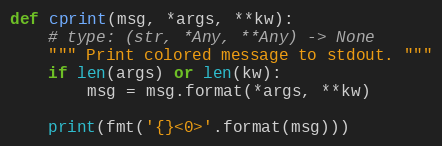
Language: Python
def cprint(msg, *args, **kw):
    # type: (str, *Any, **Any) -> None
    """ Print colored message to stdout. """
    if len(args) or len(kw):
        msg = msg.format(*args, **kw)

    print(fmt('{}<0>'.format(msg)))